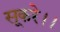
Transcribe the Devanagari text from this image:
सूकरे।।